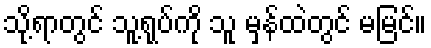
သို့ရာတွင် သူ့ရုပ်ကို သူ မှန်ထဲတွင် မမြင်။